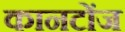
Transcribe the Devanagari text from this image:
कानटोंज